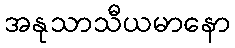
အနုသာသီယမာနော